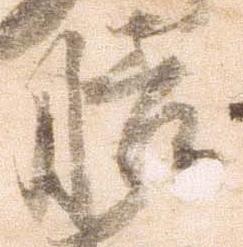
膳